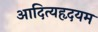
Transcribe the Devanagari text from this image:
आदित्यहृदयम